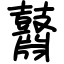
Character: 鼘